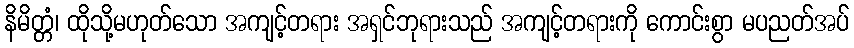
နိမိတ္တံ၊ ထိုသို့မဟုတ်သော အကျင့်တရား အရှင်ဘုရားသည် အကျင့်တရားကို ကောင်းစွာ မပညတ်အပ်